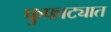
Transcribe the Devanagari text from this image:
फुफाट्यात